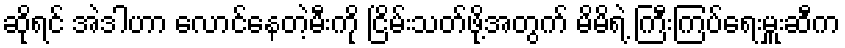
ဆိုရင် အဲဒါဟာ လောင်နေတဲ့မီးကို ငြိမ်းသတ်ဖို့အတွက် မိမိရဲ့ ကြီးကြပ်ရေးမှူးဆီက